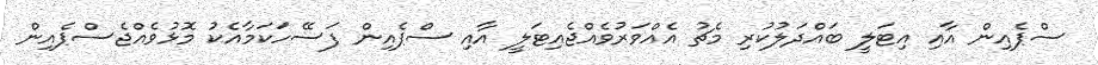
ސްޕެއިން އާއި އިޓަލީ ބައްދަލުކުރި މެޗު އެއްވަރުވެއްޖެއިޓަލީ އާއި ސްޕެއިން ފަސޭހަކަމާއެކު މޮޅުވެއްޖެސްޕެއިން